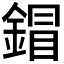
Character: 𨩩